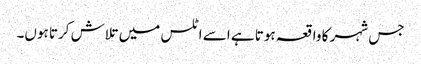
جس شہر کا واقعہ ہوتا ہے اسے اٹلس میں تلاش کرتا ہوں۔